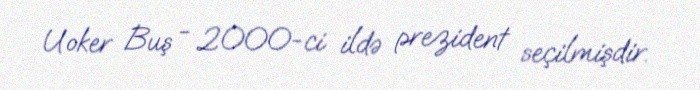
Uoker Buş - 2000-ci ildə prezident seçilmişdir.